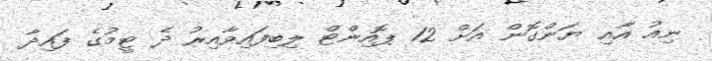
ނިއު އާއި ޔަންގޮން އަށް 12 ޕޮއިންޓް ލިބިފައިވާއިރު ދެ ޓީމުގެ ފައިދާ